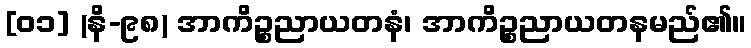
[၀၁] (နိ-၉၈) အာကိဉ္စညာယတနံ၊ အာကိဉ္စညာယတနမည်၏။